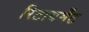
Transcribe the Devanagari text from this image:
रिटायर्मेंट